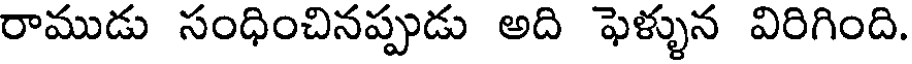
రాముడు సంధించినప్పుడు అది ఫెళ్ళున విరిగింది.